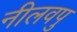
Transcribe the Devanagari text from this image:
नीलवपु